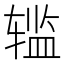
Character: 𰺗